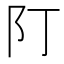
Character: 䦺